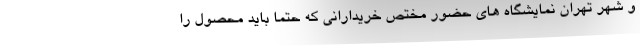
و شهر تهران نمایشگاه های حضور مختص خریدارانی که حتما باید محصول را